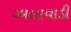
ઝાલાવાડી